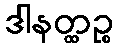
ဒါနတ္ထဉ္စ